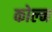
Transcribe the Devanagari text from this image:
कोल्न